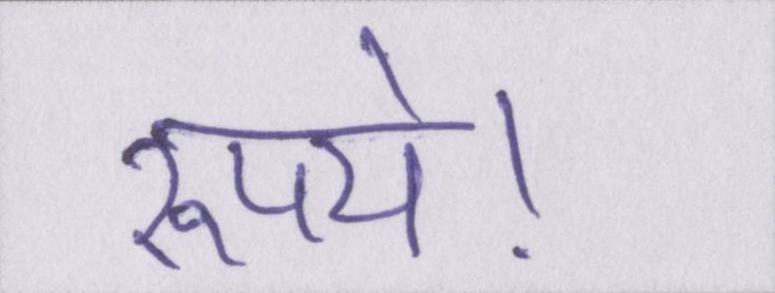
रूपये।